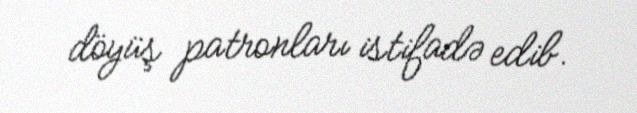
döyüş patronları istifadə edib.